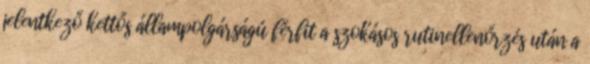
jelentkező kettős állampolgárságú férfit a szokásos rutinellenőrzés után a